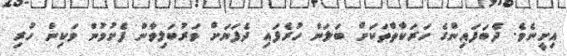
އިށީނެވެ. ދެބަފައިންގެ ހަރަކާތްތަކަށް ބަލަން ހުރެފައި ދެފަޔަށް ވަރުބަލިވާން ފެށުމުން ވަކިން ހުރި